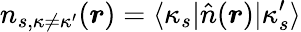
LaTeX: n_{s,\kappa\neq\kappa^{\prime}}(\boldsymbol{r})=\langle\kappa_{s}|\hat{n}(\boldsymbol{r})|\kappa_{s}^{\prime}\rangle